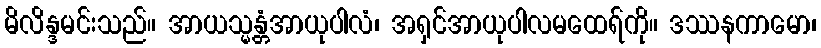
မိလိန္ဒမင်းသည်။ အာယသ္မန္တံအာယုပါလံ၊ အရှင်အာယုပါလမထေရ်ကို။ ဒဿနကာမော၊